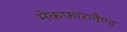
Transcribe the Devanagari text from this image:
मेकफारलैण्ड